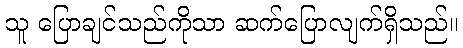
သူ ပြောချင်သည်ကိုသာ ဆက်ပြောလျက်ရှိသည်။